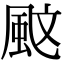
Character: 𩖰